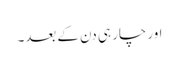
اور چار ہی دن کے بعد۔